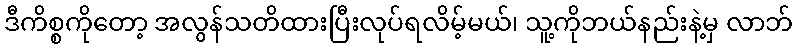
ဒီကိစ္စကိုတော့ အလွန်သတိထားပြီးလုပ်ရလိမ့်မယ်၊ သူ့ကိုဘယ်နည်းနဲ့မှ လာဘ်